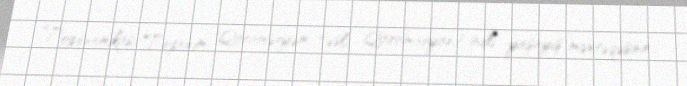
Toponomikası Toponim "Qaraməryəm (əsli Qaramaryan) adlı yaşayış məntəqəsinin